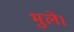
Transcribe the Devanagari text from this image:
भुले।